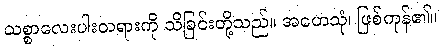
သစ္စာလေးပါးတရားကို သိခြင်းတို့သည်။ အဟေသုံ၊ ဖြစ်ကုန်၏။